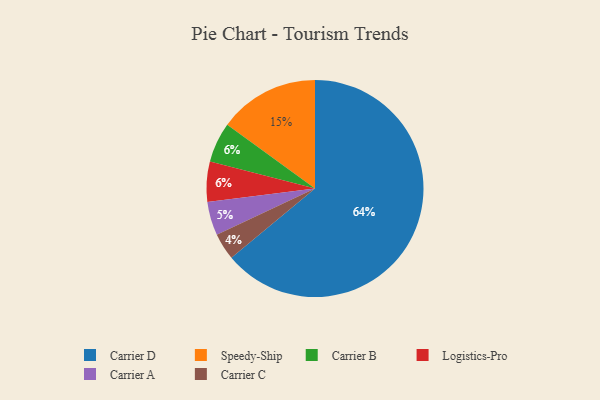
{"axis": {"x": "Category", "y": "Percentage"}, "legend": ["Carrier A", "Carrier B", "Carrier C", "Carrier D", "Logistics-Pro", "Speedy-Ship"], "data": [{"x": "Speedy-Ship", "y": 15, "type": "Speedy-Ship"}, {"x": "Carrier A", "y": 5, "type": "Carrier A"}, {"x": "Carrier D", "y": 64, "type": "Carrier D"}, {"x": "Carrier B", "y": 6, "type": "Carrier B"}, {"x": "Logistics-Pro", "y": 6, "type": "Logistics-Pro"}, {"x": "Carrier C", "y": 4, "type": "Carrier C"}]}